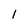
Character: l